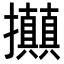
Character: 𢺗